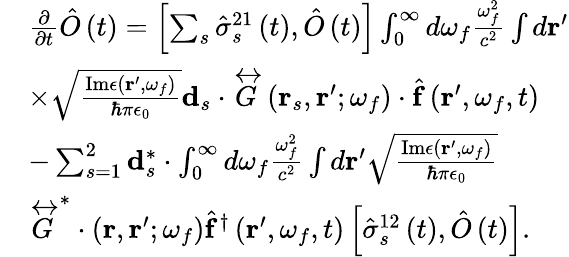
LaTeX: \begin{array}{rl}&{\frac{\partial}{\partial t}\hat{O}\left(t\right)=\left[\sum_{s}\hat{\sigma}_{s}^{21}\left(t\right),\hat{O}\left(t\right)\right]\int_{0}^{\infty}d\omega_{f}\frac{\omega_{f}^{2}}{c^{2}}\int d\mathbf{r}^{\prime}}\\ &{\times\sqrt{\frac{\mathrm{Im}\epsilon\left(\mathbf{r}^{\prime},\omega_{f}\right)}{\hbar\pi\epsilon_{0}}}\mathbf{d}_{s}\cdot\overleftrightarrow{G}\left(\mathbf{r}_{s},\mathbf{r}^{\prime};\omega_{f}\right)\cdot\hat{\mathbf{f}}\left(\mathbf{r}^{\prime},\omega_{f},t\right)}\\ &{-\sum_{s=1}^{2}\mathbf{d}_{s}^{*}\cdot\int_{0}^{\infty}d\omega_{f}\frac{\omega_{f}^{2}}{c^{2}}\int d\mathbf{r}^{\prime}\sqrt{\frac{\mathrm{Im}\epsilon\left(\mathbf{r}^{\prime},\omega_{f}\right)}{\hbar\pi\epsilon_{0}}}}\\ &{\overleftrightarrow{G}^{*}\cdot\left(\mathbf{r},\mathbf{r}^{\prime};\omega_{f}\right)\hat{\mathbf{f}}^{\dagger}\left(\mathbf{r}^{\prime},\omega_{f},t\right)\left[\hat{\sigma}_{s}^{12}\left(t\right),\hat{O}\left(t\right)\right].}\end{array}